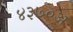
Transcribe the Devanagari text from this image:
४३७०अ